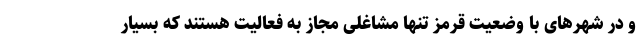
و در شهرهای با وضعیت قرمز تنها مشاغلی مجاز به فعالیت هستند که بسیار